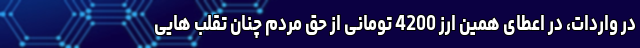
در واردات، در اعطای همین ارز 4200 تومانی از حق مردم چنان تقلب هایی